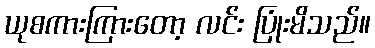
ယုစကားကြားတော့ လင်း ပြုံးမိသည်။